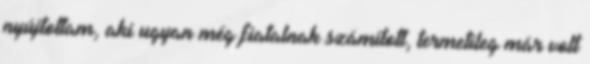
nyújtottam, aki ugyan még fiatalnak számított, termetileg már volt